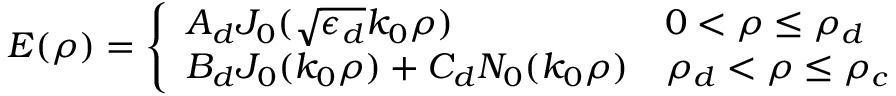
E ( \rho ) = \left\{ \begin{array} { l l } { A _ { d } J _ { 0 } ( \sqrt { \epsilon _ { d } } k _ { 0 } \rho ) } & { 0 < \rho \leq \rho _ { d } } \\ { B _ { d } J _ { 0 } ( k _ { 0 } \rho ) + C _ { d } N _ { 0 } ( k _ { 0 } \rho ) } & { \rho _ { d } < \rho \leq \rho _ { c } } \end{array} \right.